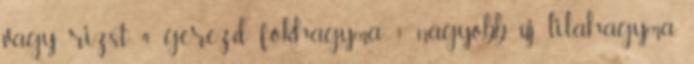
vagy rizst 4 gerezd fokhagyma 1 nagyobb új lilahagyma